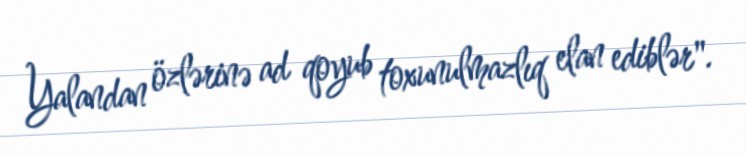
Yalandan özlərinə ad qoyub toxunulmazlıq elan ediblər".